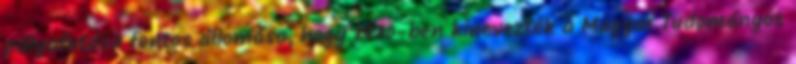
pályafutása fontos állomása, hogy 1970-ben kinevezték a Magyar Tudományos